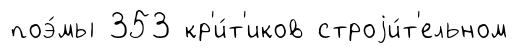
поэ́мы 353 кр'и́т'иков строjи́т'ельном